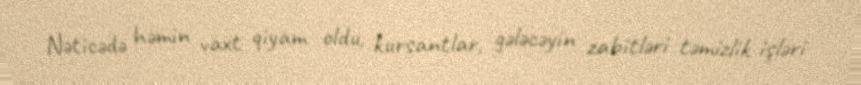
Nəticədə həmin vaxt qiyam oldu, kursantlar, gələcəyin zabitləri təmizlik işləri